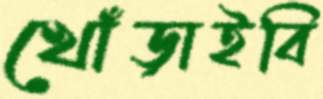
খোঁড়াইবি